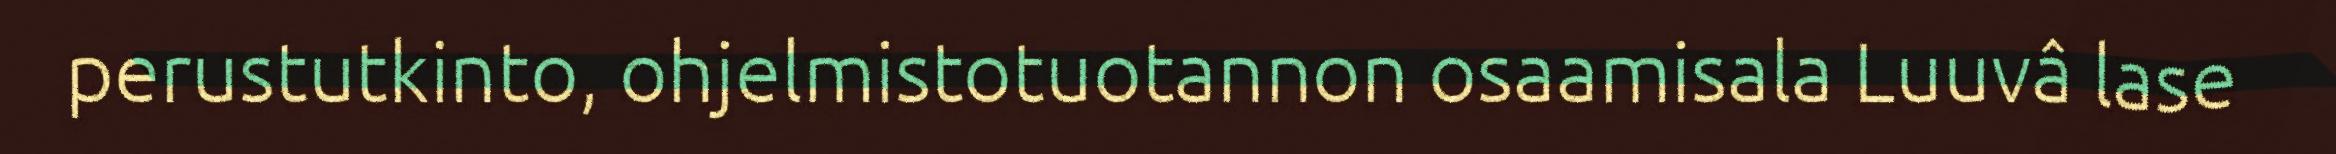
perustutkinto, ohjelmistotuotannon osaamisala Luuvâ lase